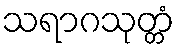
သရာဂသုတ္တံ